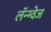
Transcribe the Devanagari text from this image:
लॅन्ग्वेज